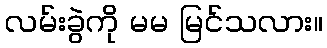
လမ်းခွဲကို မမ မြင်သလား။